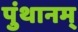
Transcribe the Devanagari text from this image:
पुंथानम्